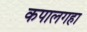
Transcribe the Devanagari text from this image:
कपालगहा